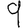
Digit: 9